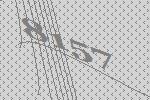
8157